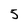
Character: 5